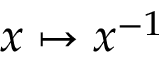
x \mapsto x ^ { - 1 }